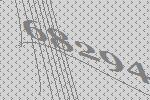
68294